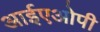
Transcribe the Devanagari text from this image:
आईएओपी